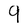
Character: 9